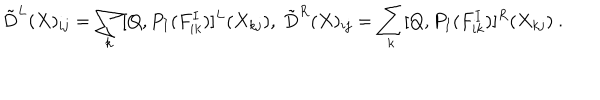
\tilde { D } ^ { L } ( X ) _ { i j } = \sum _ { k } [ Q , P _ { I } ( F _ { i k } ^ { I } ) ] ^ { L } ( X _ { k j } ) , \ \tilde { D } ^ { R } ( X ) _ { i j } = \sum _ { k } [ Q , P _ { I } ( F _ { i k } ^ { I } ) ] ^ { R } ( X _ { k j } ) \ .